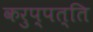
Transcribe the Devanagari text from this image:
करुप्पत्ति